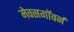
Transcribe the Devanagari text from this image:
मेक्सगॉवर्न